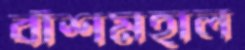
বাঁশমহাল